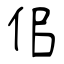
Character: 佀